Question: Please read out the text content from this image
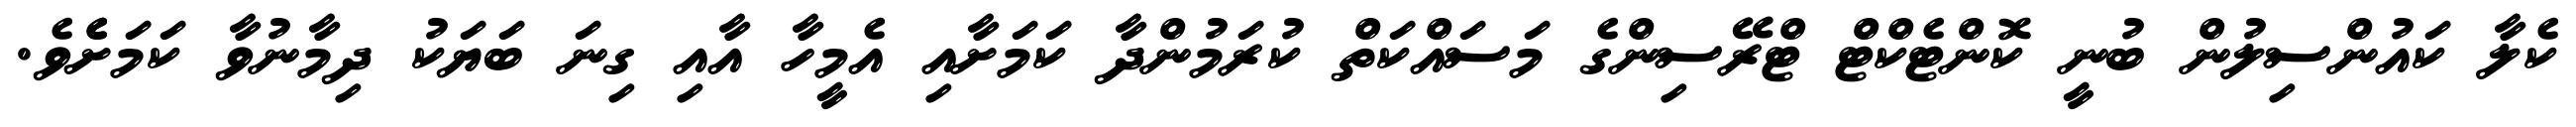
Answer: ކެލާ ކައުންސިލުން ބުނީ ކޮންޓެކްޓް ޓްރޭސިންގެ މަސައްކަތް ކުރަމުންދާ ކަމަށާއި އެމީހާ އާއި ގިނަ ބަޔަކު ދިމާނުވާ ކަމަށެެވެ.